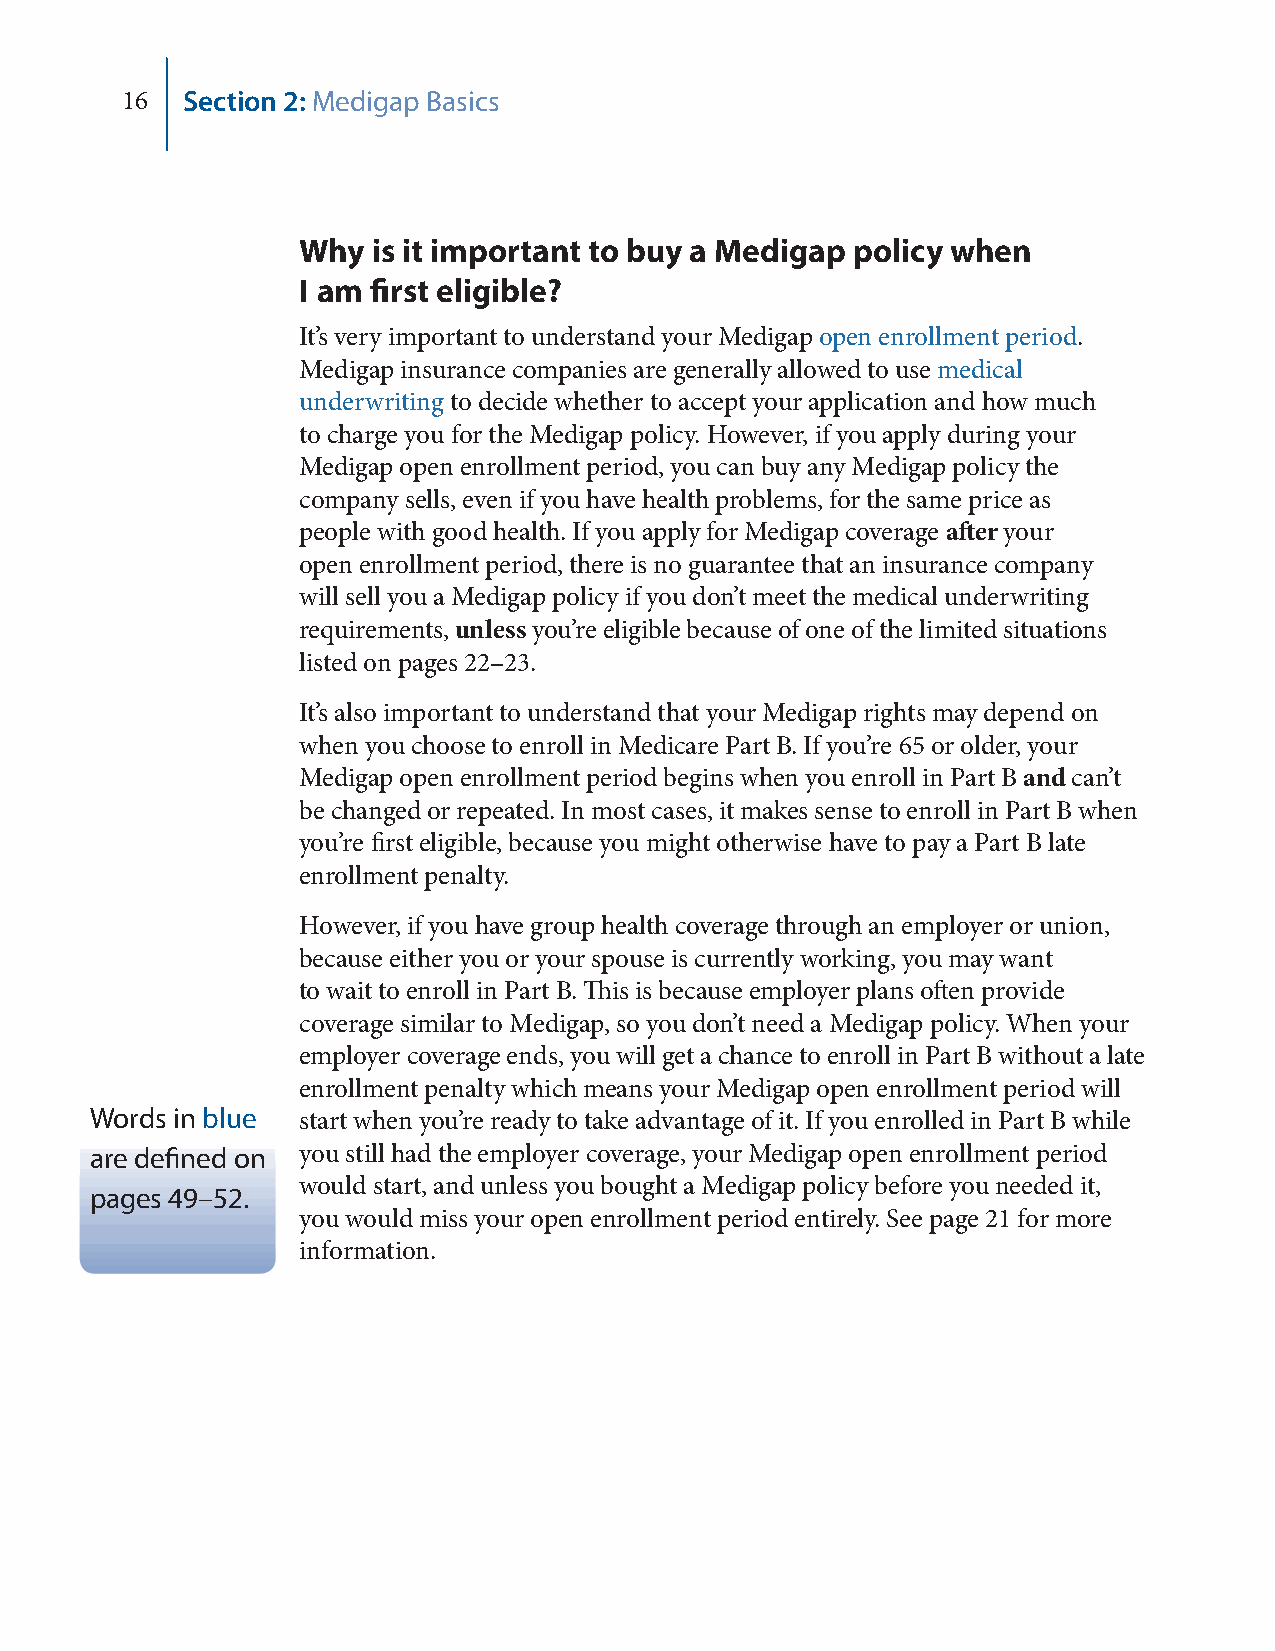
16  Section 2: Medigap Basics
 Why  is it important to buy a Medigap policy when
 I am first eligible?
 It’s very important to understand your Medigap open enrollment period.
 Medigap insurance companies are generally allowed to use medical
 underwriting to decide whether to accept your application and how much
 to charge you for the Medigap policy. However, if you apply during your
 Medigap open enrollment period, you can buy any Medigap policy the
 company sells, even if you have health problems, for the same price as
 people with good health. If you apply for Medigap coverage after your
 open enrollment period, there is no guarantee that an insurance company
 will sell you a Medigap policy if you don’t meet the medical underwriting
 requirements, unless you’re eligible because of one of the limited situations
 listed on pages 22–23.
 It’s also important to understand that your Medigap rights may depend on
 when you choose to enroll in Medicare Part B. If you’re 65 or older, your
 Medigap open enrollment period begins when you enroll in Part B and can’t
 be changed or repeated. In most cases, it makes sense to enroll in Part B when
 you’re first eligible, because you might otherwise have to pay a Part B late
 enrollment penalty.
 However, if you have group health coverage through an employer or union,
 because either you or your spouse is currently working, you may want
 to wait to enroll in Part B. This is because employer plans often provide
 coverage similar to Medigap, so you don’t need a Medigap policy. When your
 employer coverage ends, you will get a chance to enroll in Part B without a late
 enrollment penalty which means your Medigap open enrollment period will
 Words in blue start when you’re ready to take advantage of it. If you enrolled in Part B while
 are defined on you still had the employer coverage, your Medigap open enrollment period
 would start, and unless you bought a Medigap policy before you needed it,
 pages 49–52.
 you would miss your open enrollment period entirely. See page 21 for more
 information.